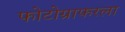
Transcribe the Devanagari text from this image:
फोटोग्राफरला